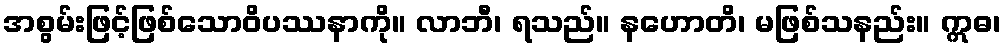
အစွမ်းဖြင့်ဖြစ်သောဝိပဿနာကို။ လာဘီ၊ ရသည်။ နဟောတိ၊ မဖြစ်သနည်း။ ဣဓ၊